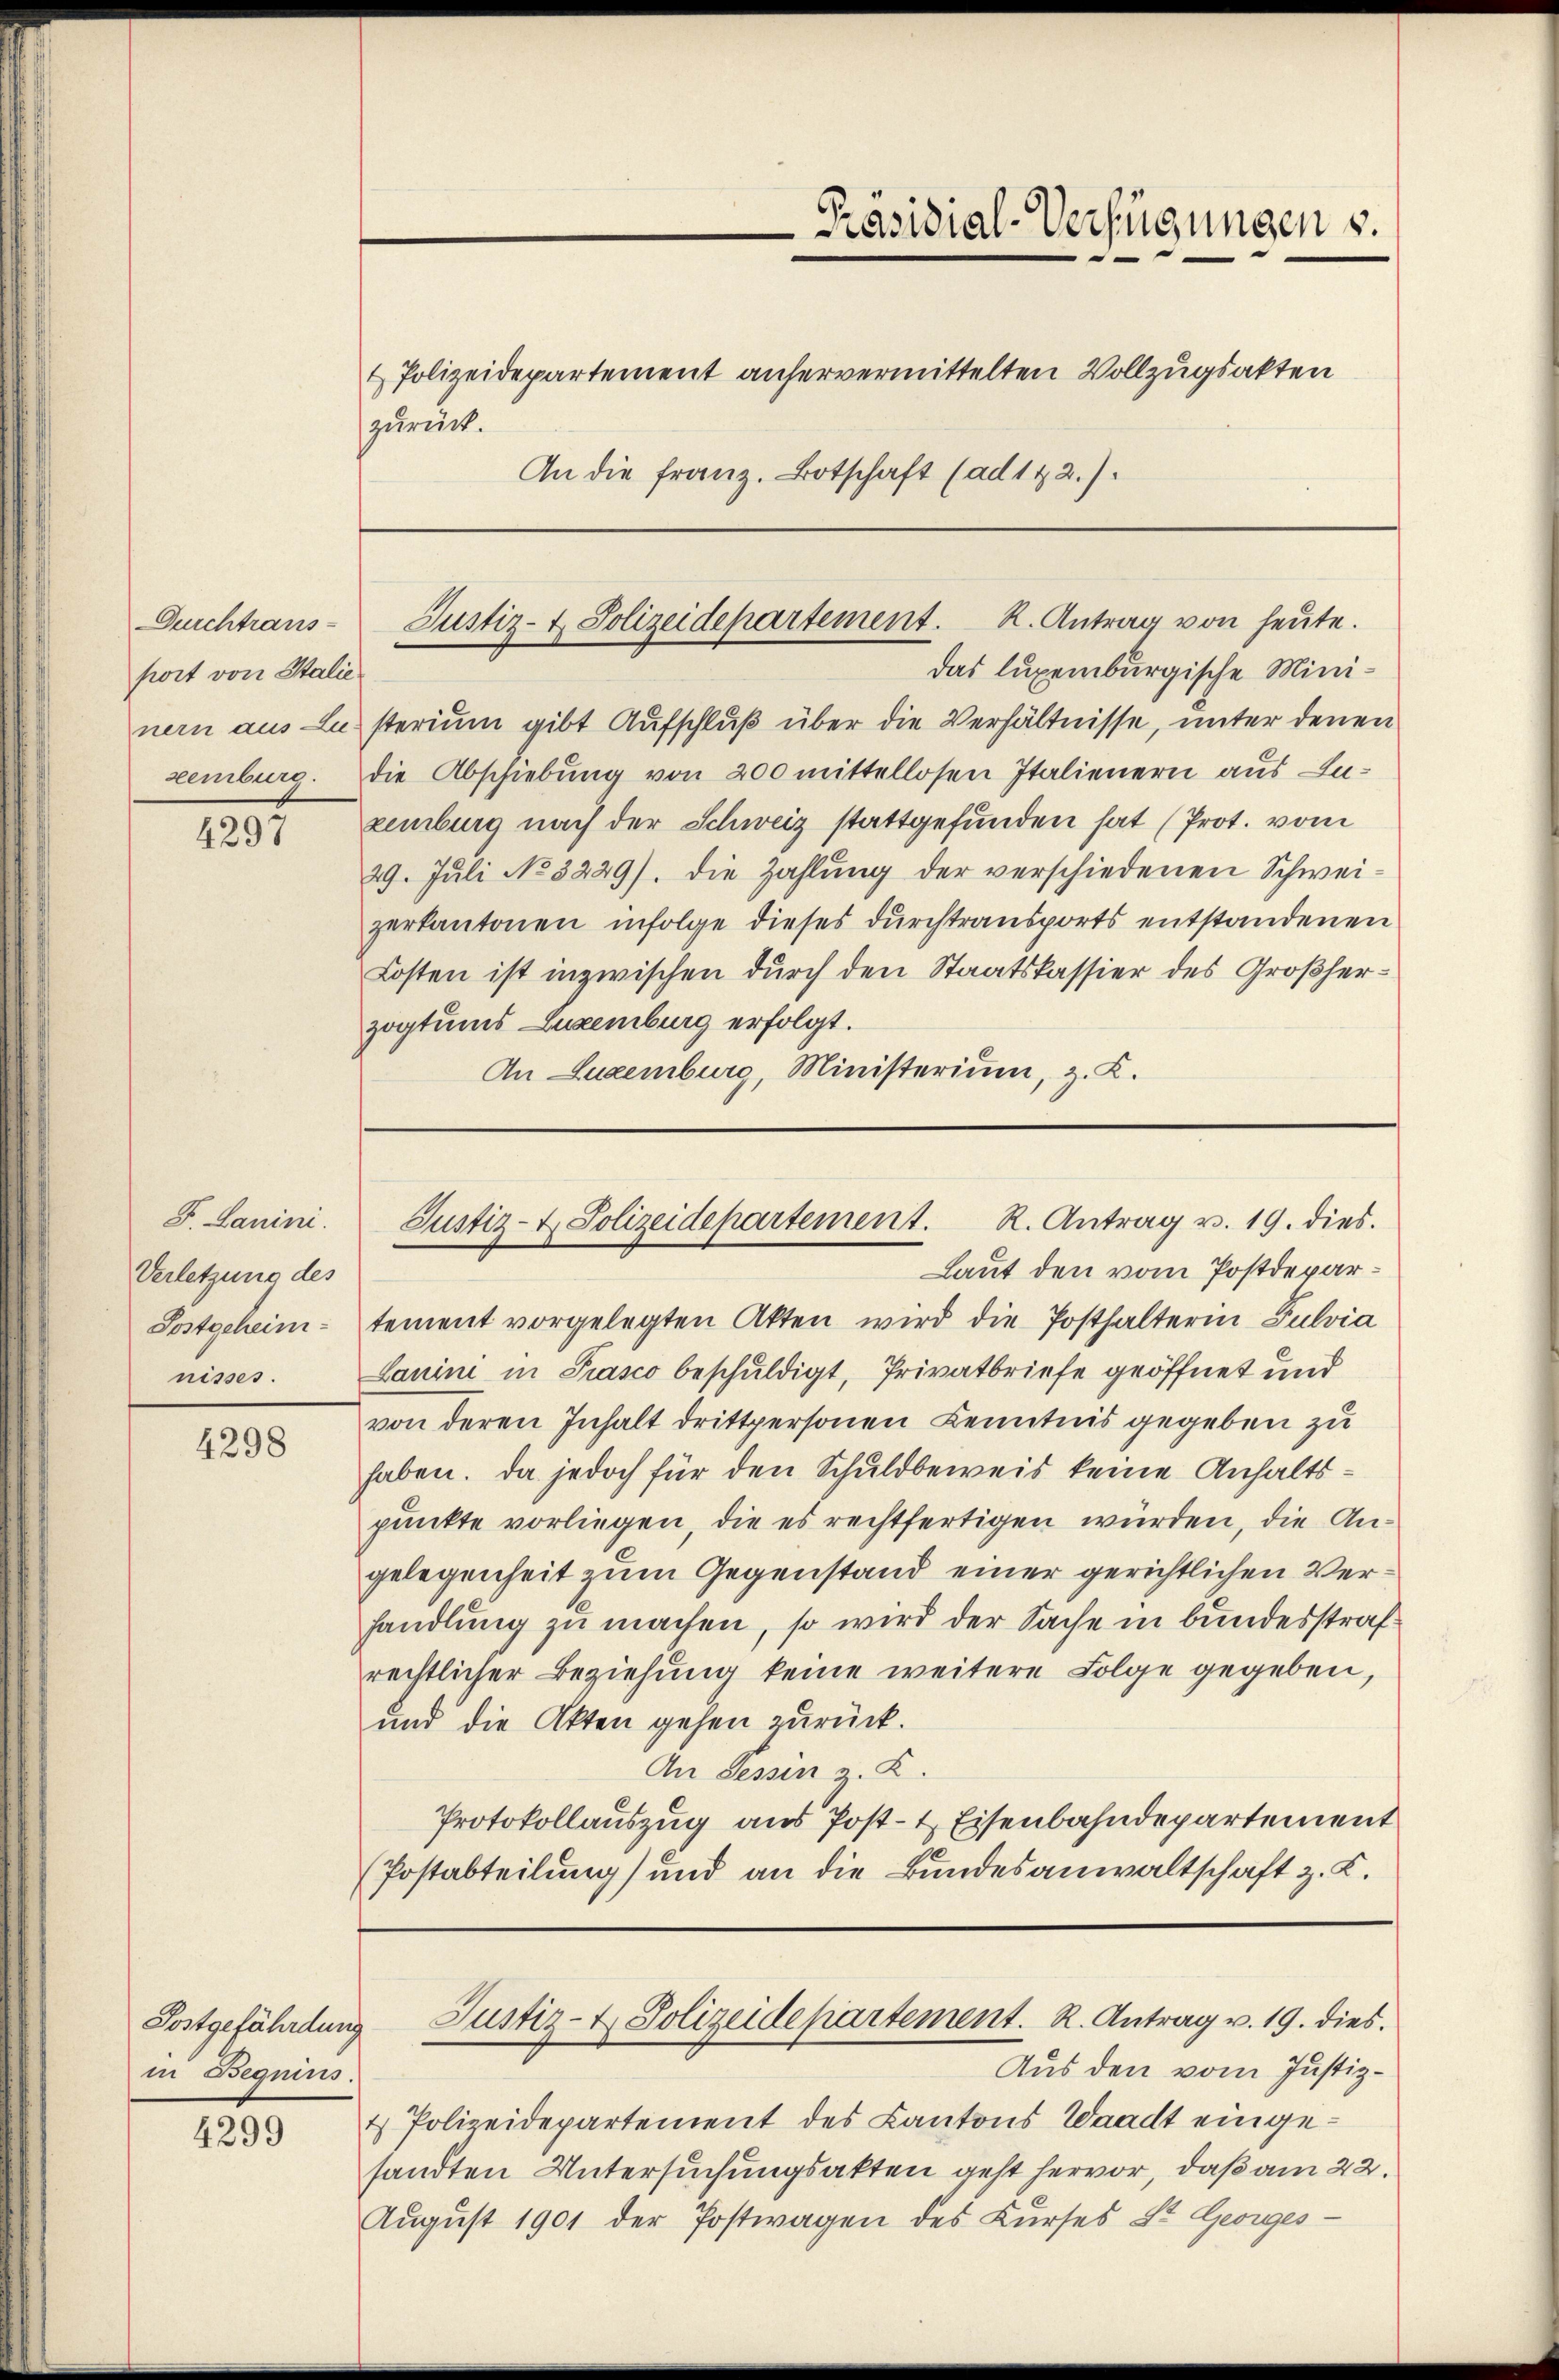
Durchtrans-
port von Stalie

1291

J. Lanini.
Verletzung des
Postgeheim-
nisses.

4298.

Postgefährdung
in Begnius.

4299

zurück.

-Präsidial-Verfügungen s.
& Polizeidepartement anhervermittelten Vollzugsakten
An die franz. Botschaft (ad 122.)

Justiz- & Polizeidepartement. R. Antrag von heute.

das luxenburgische Mininern aus Lusterium gibt Aufschluß über die Verhältnisse, unter denen
zeiburg. Die Abschiebung von 200 mittellosen Italienern aus Inxenburg nach der Schweiz stattgefunden hat (Prot. vom
29. Juli No 3229). Die Zahlung der verschiedenen Schweizerkantonen infolge dieses durchtransports entstandenen
Kosten ist inzwischen durch den Staatskassier des Großherzogtums Luxenburg erfolgt.
An Luxenburg, Ministerium, z. K.

Justiz- & Polizeidepartement. R. Antrag v. 19. dies.
Laut den vom Postdepar¬

tement vorgelegten Akten wird die Posthalterin Fulvia
Lanini in Piasco beschuldigt, Privatbriefe geöffnet und
von deren Inhalt drittpersonen Kenntnis gegeben zu
haben. Da jedoch für den Schuldbeweis keine Anhaltspunkte vorliegen, die es rechtfertigen würden, die Angelegenheit zum Gegenstand einer gerichtlichen Verhandlung zu machen, so wird der Sache in bundesstrafrechtlicher Beziehung keine weitere Folge gegeben,
und die Akten gehen zurück.
An Tessin z. K.
Protokollauszug aus Post- & Eisenbahndepartement
(Postabteilung) und an die Bundesanwaltschaft z. K.

Justiz- & Polizeidepartement. R. Antrag v. 19. dies.
Aus den vom Justiz¬

& Polizeidepartement des Kantons Waadt eingesandten Untersuchungsakten geht hervor, daß am 22.
August 1901 der Postwagen des Kurses St. Georges¬